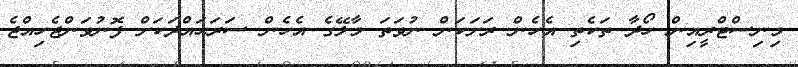
މިނިސްޓްރީއިން ހޯދާ ތަކެތި އެހެން ރަށަކަން ނުވަތަ މާލޭގެ އެހެން ސަރަޙައްދަކަށް ފޮނުވަންޖެހިއްޖެ